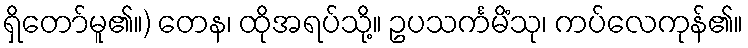
ရှိတော်မူ၏။) တေန၊ ထိုအရပ်သို့။ ဥပသင်္ကမိံသု၊ ကပ်လေကုန်၏။